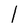
Character: 1